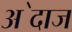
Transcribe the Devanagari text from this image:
अ॓दाज